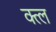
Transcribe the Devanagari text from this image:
क्त्ल